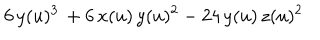
LaTeX: 6 \, y ( u ) ^ { 3 } \, + 6 \, x ( u ) \, y ( u ) ^ { 2 } - 2 4 \, y ( u ) \, z ( u ) ^ { 2 }